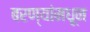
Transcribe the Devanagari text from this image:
बरण्यांमधून